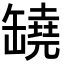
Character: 𦉗